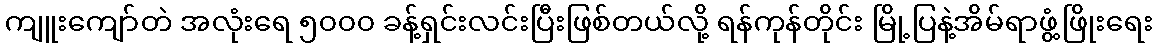
ကျူးကျော်တဲ အလုံးရေ ၅၀၀၀ ခန့်ရှင်းလင်းပြီးဖြစ်တယ်လို့ ရန်ကုန်တိုင်း မြို့ပြနဲ့အိမ်ရာဖွံ့ဖြိုးရေး